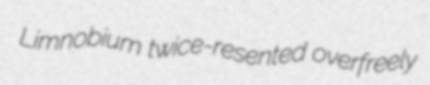
Limnobium twice-resented overfreely